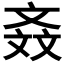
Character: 𣁕